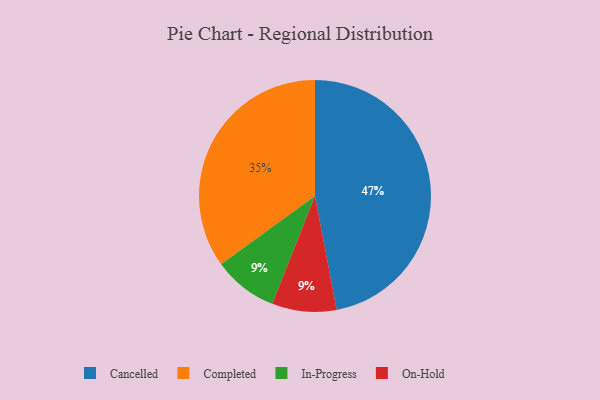
{"axis": {"x": "Category", "y": "Percentage"}, "legend": ["Cancelled", "Completed", "In-Progress", "On-Hold"], "data": [{"x": "In-Progress", "y": 9, "type": "In-Progress"}, {"x": "Cancelled", "y": 47, "type": "Cancelled"}, {"x": "Completed", "y": 35, "type": "Completed"}, {"x": "On-Hold", "y": 9, "type": "On-Hold"}]}